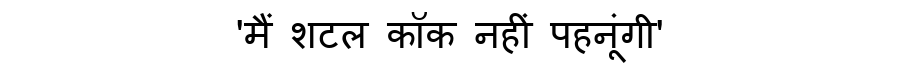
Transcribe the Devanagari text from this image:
'मैं शटल कॉक नहीं पहनूंगी'